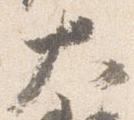
大